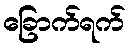
ခြောက်ရက်